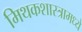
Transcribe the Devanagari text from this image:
मिथकशास्त्रामध्ये